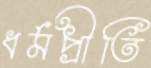
ধর্মপ্রীতি